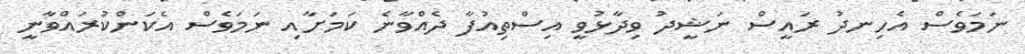
ނަމަވެސް އެހިނދު ރައީސް ނަޝީދު ވިދާޅުވީ އިސްތިއުފާ ދެއްވާނެ ކަމަށާއި ނަމަވެސް އެކަންކުރައްވާނީ